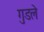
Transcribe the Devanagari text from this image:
गुडले